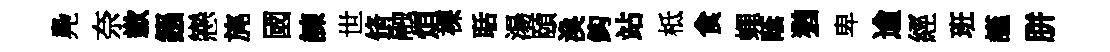
鳧奈歉鏹戀旄國諫世脩融烜裸聒湯頤渙鈎站柢食蠅䕃猶卑逾經班謹胼